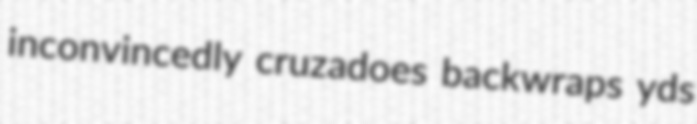
inconvincedly cruzadoes backwraps yds